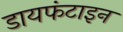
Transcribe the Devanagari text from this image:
डायफंटाइन